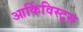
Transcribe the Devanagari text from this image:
आर्किविस्ट्स